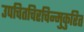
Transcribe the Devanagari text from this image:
उपचितचिरचिन्मुकुरित